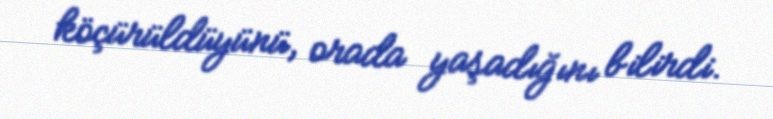
köçürüldüyünü, orada yaşadığını bilirdi.